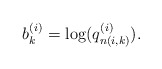
\begin{align*}b_k^{(i)} = \log(q_{n(i,k)}^{(i)}).\end{align*}